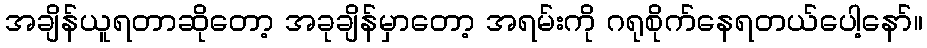
အချိန်ယူရတာဆိုတော့ အခုချိန်မှာတော့ အရမ်းကို ဂရုစိုက်နေရတယ်ပေါ့နော်။